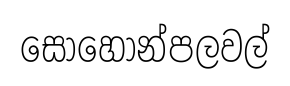
සොහොන්පලවල්